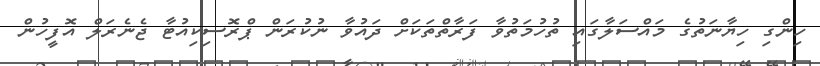
ހިންގި ހިޔާނަތުގެ މައްސަލާގައި ތުހުމަތުވާ ފަރާތްތަކަށް ދައުވާ ނުކުރަން ޕްރޮސިކިއުޓާ ޖެނެރަލް އޮފީހުން